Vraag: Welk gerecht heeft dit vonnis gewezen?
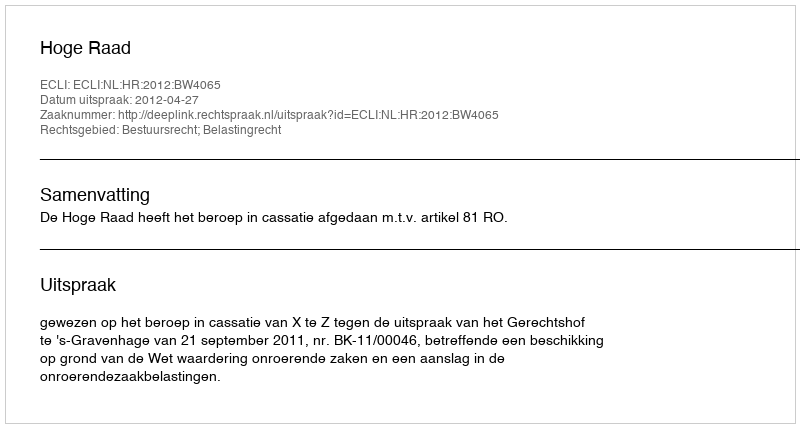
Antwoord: Hoge Raad